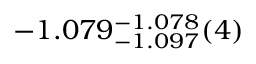
- 1 . 0 7 9 _ { - 1 . 0 9 7 } ^ { - 1 . 0 7 8 } ( 4 )